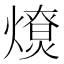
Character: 𤐗